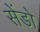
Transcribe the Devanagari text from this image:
सेंडो